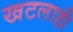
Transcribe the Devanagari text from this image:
खटलाही